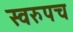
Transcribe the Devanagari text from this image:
स्वरुपच